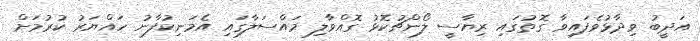
އަދީބު ވިދާޅުވެފައިވާ ގޮތުގައި ރިޔާސީ ލޯންޗުކޮޅު ގޮއްވާލި މައްސަލާގައި އެމަނިކުފާނު ހައްޔަރު ކުރުމަށް